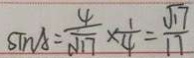
\sin A = \frac { 4 } { \sqrt { 1 7 } } \times \frac { 1 } { 4 } = \frac { \sqrt { 1 7 } } { 1 7 }